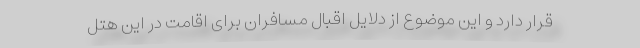
قرار دارد و این موضوع از دلایل اقبال مسافران برای اقامت در این هتل